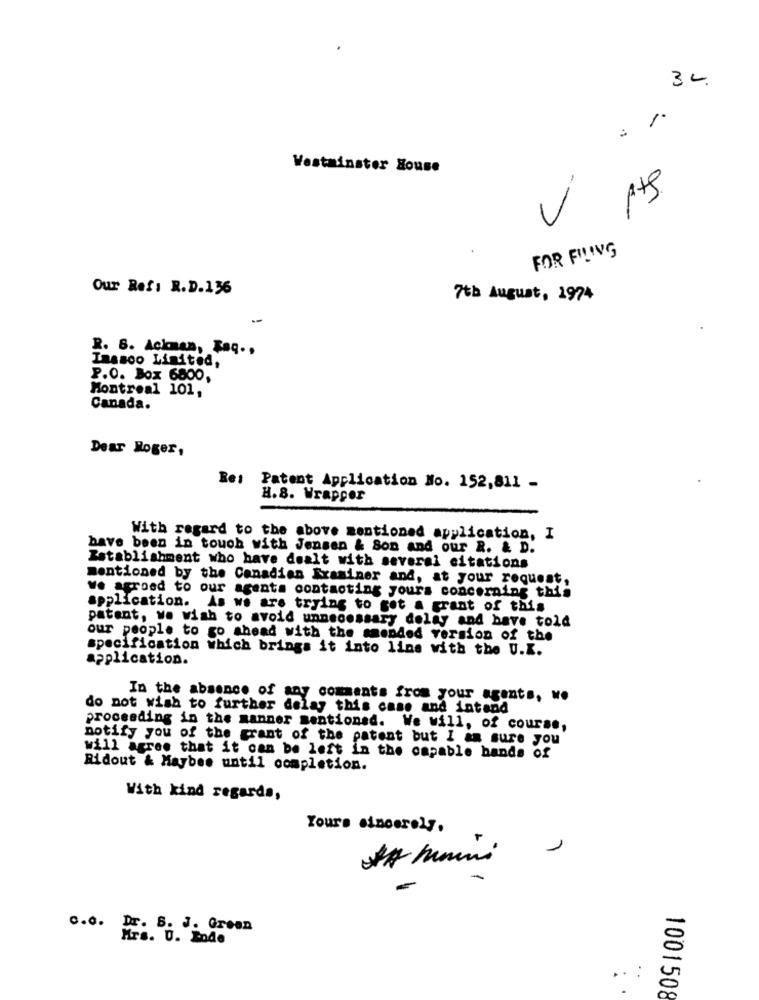
30.
1.
Westminster House
FOR FILING
Our Refi R.D.136
7th August, 1974
R. S. Ackman, Faq .,
Imasoo Limited,
P.O. Box 6800,
Montreal 101,
Canada.
Dear Roger,
Bet
Patent Application No. 152,811 -
H.8. Wrapper
With regard to the above mentioned application, I
have been in touch with Jensen & Son and our R. & D.
Establishment who have dealt with several citations
mentioned by the Canadian Examiner and, at your request,
We agreed to our agenta contacting yours concerning this
application. As we are trying to get a grant of this
patent, we wish to avoid unnecessary delay and have told
our people to go ahead with the amended version of the
specification which brings it into line with the U.K.
application.
In the absence of any comments from your agents, ..
do not wish to further delay this case and intand
proceeding in the manner mentioned. We will, of course,
notify you of the grant of the patent but I am sure you
will agree that it can be left in the capable hands of
Ridout & Maybee until completion.
With kind regards,
Yours sincerely,
1
0.O.
Dr. B. J. Green
Mrs. U. Ende
..:
1001508